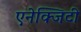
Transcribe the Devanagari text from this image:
एनेक्जिटी